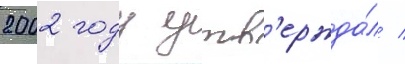
2002 году утв'ержда́л /